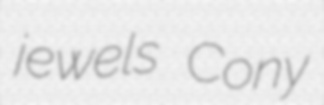
jewels Cony